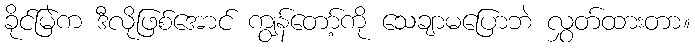
ခိုင်မြဲက ဒီလိုဖြစ်အောင် ကျွန်တော့်ကို သေချာမပြောဘဲ လွှတ်ထားတာ။